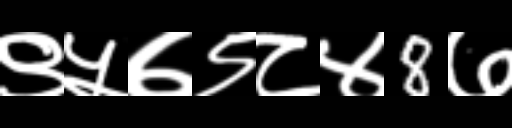
Text: ९५७९८४8७